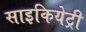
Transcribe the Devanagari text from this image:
साइकियेट्री